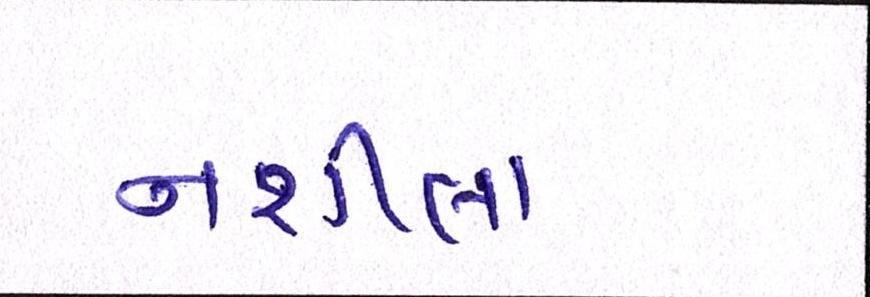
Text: નશીલા